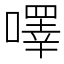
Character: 㘁